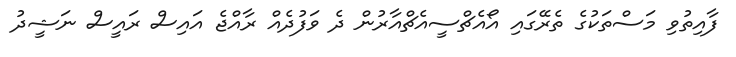
ފާއިތުވި މަސްތަކުގެ ތެރޭގައި އޯއެޗްސީއެޗްއާރުން ދެ ވަފުދެއް ރާއްޖެ އައިސް ރައީސް ނަޝީދު